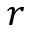
r